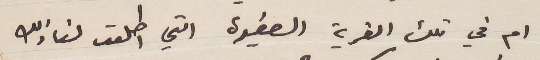
ام في تلك القرية الصغيرة التي اطلعت لنا ذلك